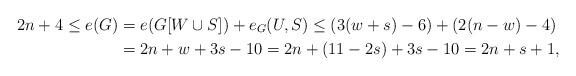
LaTeX: \begin{align*} 2n+4\le e(G)&=e(G[W\cup S])+e_G(U, S)\le (3(w+s)-6)+(2(n-w)-4)\\ &=2n+w+3s-10=2n+(11-2s)+3s-10=2n+s+1, \end{align*}